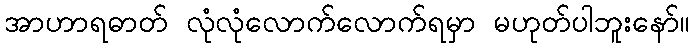
အာဟာရဓာတ် လုံလုံလောက်လောက်ရမှာ မဟုတ်ပါဘူးနော်။